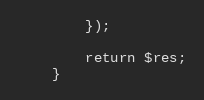
Language: PHP
        });

        return $res;
    }